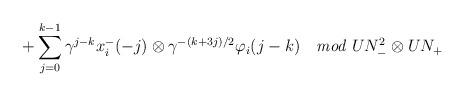
LaTeX: \begin{align*}\hspace{.7in} + \sum^{k-1}_{j=0} \gamma^{j-k} x^-_i(-j) \otimes \gamma^{-(k+3j)/2} \varphi_i(j-k) \quad {\it mod} \; UN_-^2 \otimes UN_+\end{align*}